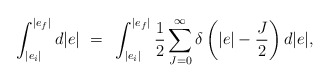
\begin{align*}\int^{|e_f|}_{|e_i|} d|e| ~=~ \int^{|e_f|}_{|e_i|} \frac{1}{2}\sum_{J=0}^{\infty} \delta \left( |e| - \frac{J}{2} \right) d|e|,\end{align*}